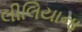
લીલિયાના